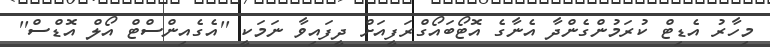
މިހާރު އެޑިޓް ކުރަމުންގެންދާ އެނާގެ އޮޓޯބައޯގްރަފީއަށް ދީފައިވާ ނަމަކީ ''އެގެއިންސްޓް އޯލް އޮޑްސް''